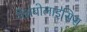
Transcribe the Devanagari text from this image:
मेंथ्रंबोलाइसिस